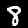
Label: 8